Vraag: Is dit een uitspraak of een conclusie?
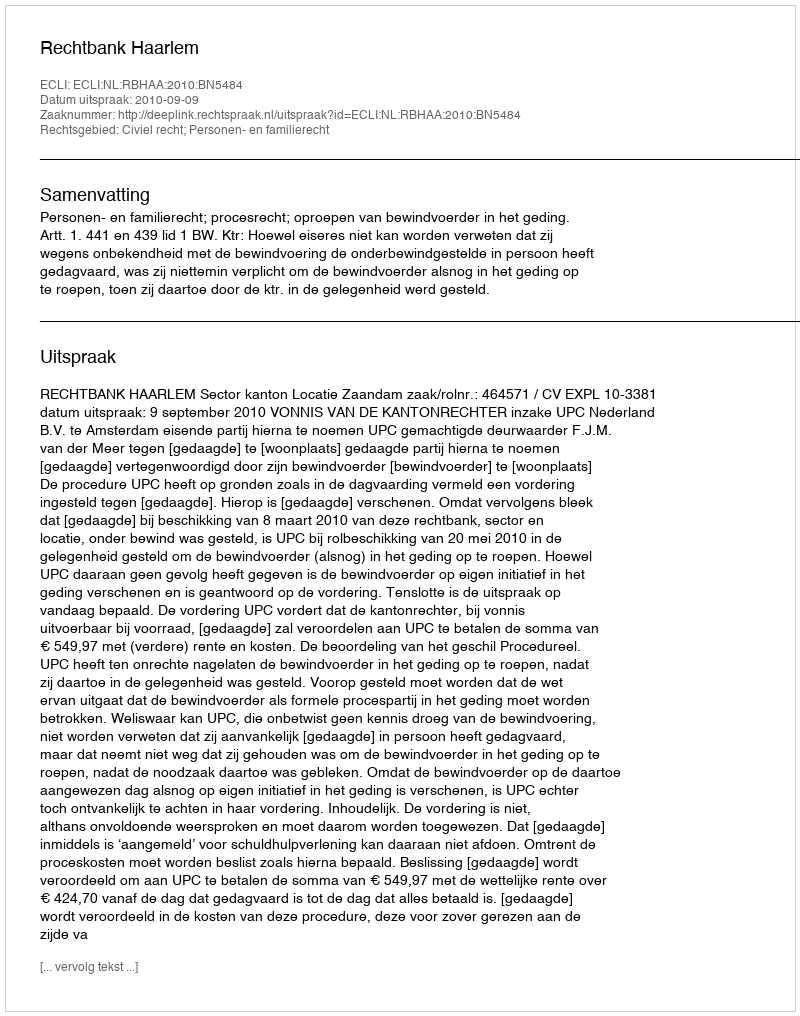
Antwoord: Uitspraak